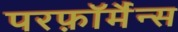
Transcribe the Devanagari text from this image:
परफ़ॉर्मैन्स